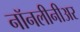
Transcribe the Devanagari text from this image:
नॉनलीनीअर